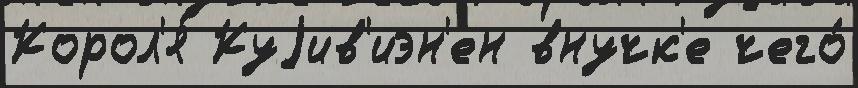
Корол'я́ Куjив'иэн'ен внучк'е чего́